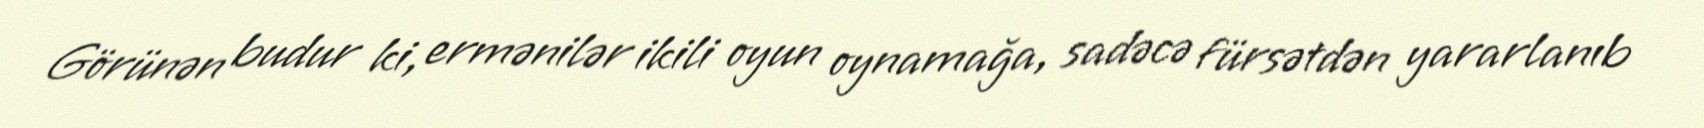
Görünən budur ki, ermənilər ikili oyun oynamağa, sadəcə fürsətdən yararlanıb